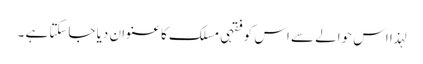
لہذا اس حوالے سے اس کو فقہی مسلک کا عنوان دیا جاسکتا ہے ۔